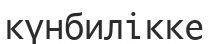
күнбилікке